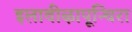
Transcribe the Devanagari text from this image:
इलावीऴापून्चिरा